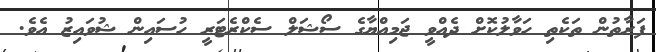
ފަރާތުން ތަކެތި ހަވާލުކޮށް ދެއްވީ ޖަމިއްޔާގެ ސޯޝަލް ސެކްރެޓަރީ ހުސައިން ޝުވައިޒު އެވެ.